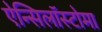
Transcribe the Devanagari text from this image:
ऐन्सिलॉस्टोमा